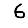
Digit: 6